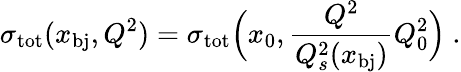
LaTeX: \sigma_{\mathrm{tot}}(x_{\mathrm{bj}},Q^{2})=\sigma_{\mathrm{tot}}\Big(x_{0},\frac{Q^{2}}{Q_{s}^{2}(x_{\mathrm{bj}})}Q_{0}^{2}\Big)\ .